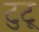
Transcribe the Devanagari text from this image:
टुटू